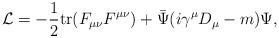
LaTeX: \begin{align*}{\cal L}=-\frac{1}{2} {\rm tr} (F_{\mu\nu}F^{\mu\nu})+\bar \Psi(i\gamma^{\mu}D_\mu-m)\Psi,\end{align*}